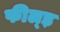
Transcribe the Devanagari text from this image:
फील्ड़